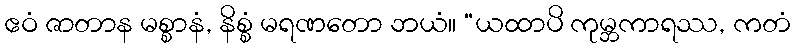
ဧဝံ ဇာတာန မစ္စာနံ, နိစ္စံ မရဏတော ဘယံ။ “ယထာပိ ကုမ္ဘကာရဿ, ကတံ